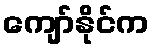
ကျော်နိုင်က